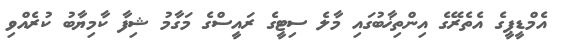
އެމްޑީޕީގެ އެތެރޭގެ އިންތިޚާބުގައި މާލެ ސިޓީގެ ރައީސްގެ މަގާމު ޝިފާ ކާމިޔާބު ކުރެއްވި